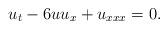
LaTeX: \begin{align*}u_{t}-6uu_{x}+u_{xxx}=0. \end{align*}